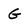
Character: G